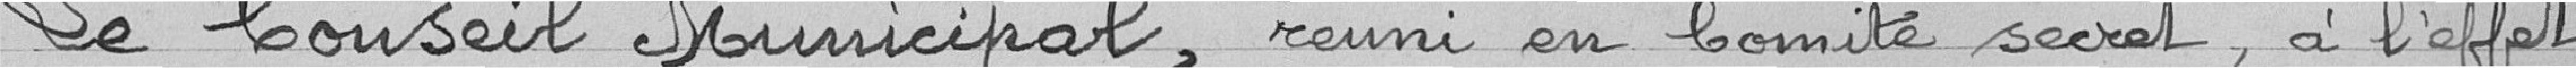
Le Conseil Municipal, réuni en comité secret, à l'effet